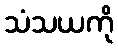
သံသယကို